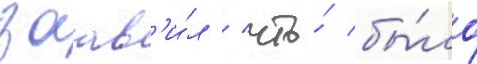
заав'и́л / что́ бы́ло